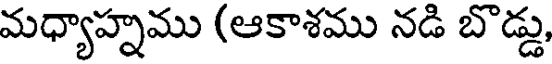
మధ్యాహ్నము (ఆకాశము నడి బొడ్డు,